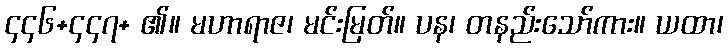
၄၄၆+၄၄၇+ ၏။ မဟာရာဇ၊ မင်းမြတ်။ ပန၊ တနည်းသော်ကား။ ယထာ၊